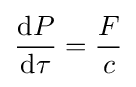
{\frac {\mathrm {d} P}{\mathrm {d} \tau }}={\frac {F}{c}}